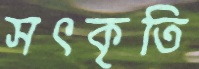
সৎকৃতি